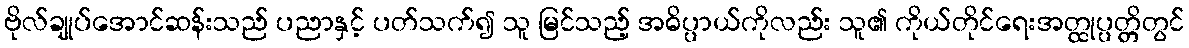
ဗိုလ်ချုပ်အောင်ဆန်းသည် ပညာနှင့် ပတ်သက်၍ သူ မြင်သည့် အဓိပ္ပာယ်ကိုလည်း သူ၏ ကိုယ်တိုင်ရေးအတ္ထုပ္ပတ္တိတွင်